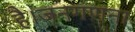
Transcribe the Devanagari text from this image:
है।जनगणना